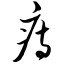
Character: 痔